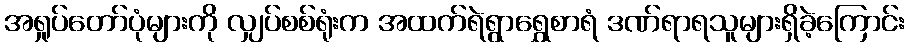
အရှုပ်တော်ပုံများကို လျှပ်စစ်ရုံးက အထက်ရဲရွာရွှေစာရံ ဒဏ်ရာရသူများရှိခဲ့ကြောင်း